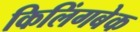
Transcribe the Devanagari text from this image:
किलिंगबेक